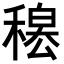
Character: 𥡊